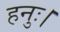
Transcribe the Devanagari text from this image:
हनुः।